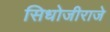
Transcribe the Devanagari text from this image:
सिधोजीराजे